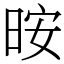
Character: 㫨